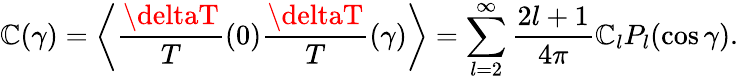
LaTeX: \mathbb{C}(\gamma)=\left\langle\frac{{\deltaT}}{{T}}(0)\frac{{\deltaT}}{{T}}(\gamma)\right\rangle=\sum_{l=2}^{\infty}\frac{{2l+1}}{{4\pi}}\mathbb{C}_{l}P_{l}(\cos\gamma).